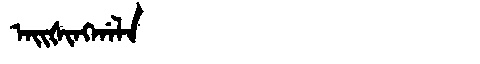
Manchu: ᠠᡳᡧᡳᠩᡤᠠᠯᠠ
Romanization: AIŠINGGALA